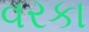
વરકા